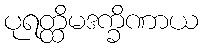
ပုရတ္ထိမဒက္ခိဏာယ